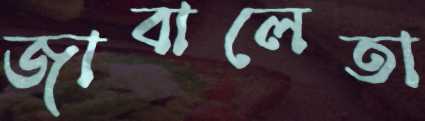
জাবালেতা